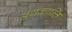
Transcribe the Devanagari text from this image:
अंगकान्ति